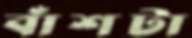
বাঁশটা